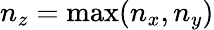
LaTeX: n_{z}=\operatorname*{max}(n_{x},n_{y})